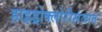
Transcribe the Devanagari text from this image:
हाइड्रोक्लोरीसंजात